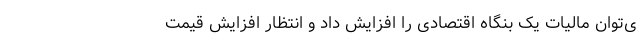
ی‌توان مالیات یک بنگاه اقتصادی را افزایش داد و انتظار افزایش قیمت